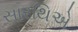
સારથિએ